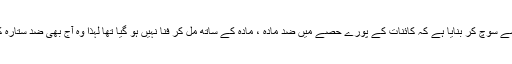
پامیلا کو ایک دوسرے زاویے سے سوچ کر بنایا ہے کہ کائنات کے پورے حصّے میں ضد مادّہ ، مادّہ کے ساتھ مل کر فنا نہیں ہو گیا تھا لہٰذا وہ آج بھی ضد ستارہ کی شکل میں موجود ہونا چاہئے۔